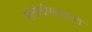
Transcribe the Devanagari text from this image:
हातोडीसारख्या